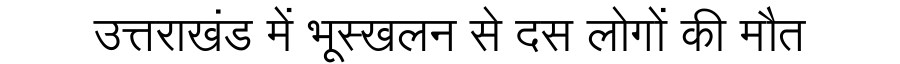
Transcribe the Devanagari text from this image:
उत्तराखंड में भूस्खलन से दस लोगों की मौत